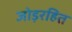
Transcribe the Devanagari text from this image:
जोड़रहित